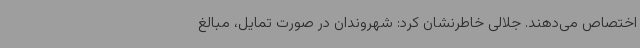
اختصاص می‌دهند. جلالی خاطرنشان کرد: شهروندان در صورت تمایل، مبالغ